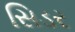
સિડર